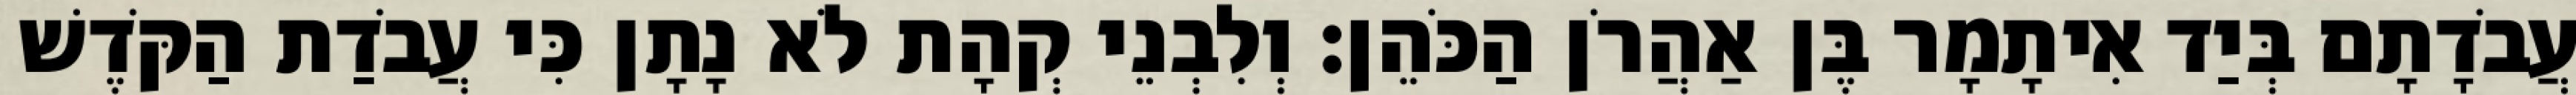
עֲבֹדָתָם בְּיַד אִיתָמָר בֶּן אַהֲרֹן הַכֹּהֵן׃ וְלִבְנֵי קְהָת לֹא נָתָן כִּי עֲבֹדַת הַקֹּדֶשׁ